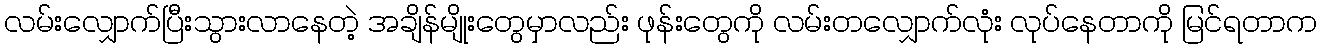
လမ်းလျှောက်ပြီးသွားလာနေတဲ့ အချိန်မျိုးတွေမှာလည်း ဖုန်းတွေကို လမ်းတလျှောက်လုံး လုပ်နေတာကို မြင်ရတာက